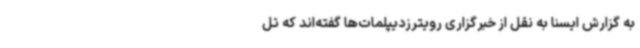
به گزارش ایسنا به نقل از خبرگزاری رویترزدیپلمات‌ها گفته‌اند که تل